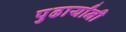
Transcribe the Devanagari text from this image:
पुढार्यांनी